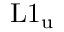
\mathrm { L } 1 _ { \mathrm u }